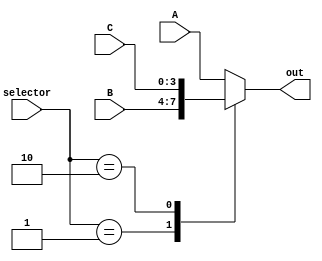
`timescale 1ns / 1ps
//////////////////////////////////////////////////////////////////////////////////
// Company: 
// Engineer: 
// 
// Design Name: 
// Module Name: mux12_to_4
// Project Name: 
// Target Devices: 
// Tool Versions: 
// Description: 
// 
// Dependencies: 
// 
// Revision:
// Revision 0.01 - File Created
// Additional Comments:
// 
//////////////////////////////////////////////////////////////////////////////////


module mux12_to_4(
    input [3:0] A,
    input [3:0] B,
    input [3:0] C,
    input [1:0] selector,
    output reg[3:0] out
    );
    
    always @ (selector)
    begin
    case(selector)
        0: out = A;
        1: out = B;
        2: out = C;
        default: out = A;
    endcase 
    end
endmodule